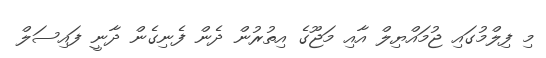
މި ފިލްމުގައި ޖުމައްޔިލް އާއި މަޖޫގެ އިތުރުން ދެން ފެނިގެން ދާނީ ފައިސަލް